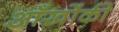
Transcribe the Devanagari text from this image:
आँखोंकी